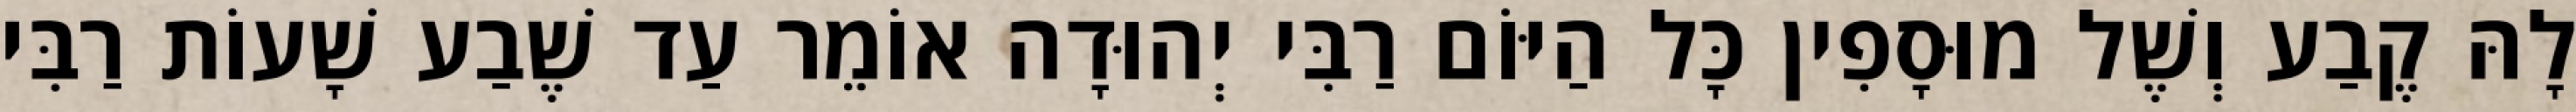
לָהּ קֶבַע וְשֶׁל מוּסָפִין כָּל הַיּוֹם רַבִּי יְהוּדָה אוֹמֵר עַד שֶׁבַע שָׁעוֹת רַבִּי